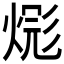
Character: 𪹎